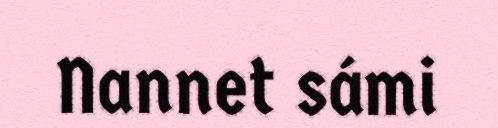
Nannet sámi